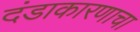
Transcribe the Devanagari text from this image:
दंडाकारणाचा